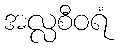
အလ္လစီဝရံ